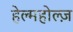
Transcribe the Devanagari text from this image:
हेल्महोल्ज़